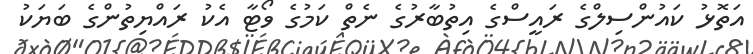
އަތޮޅު ކައުންސިލްގެ ރައީސްގެ އިތުބާރުގެ ނެތް ކަމުގެ ވޯޓާ އެކު ރައްޔިތުންގެ ބަޔަކު